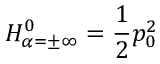
{ \cal H } _ { \alpha = \pm \infty } ^ { 0 } = { \frac { 1 } { 2 } } p _ { 0 } ^ { 2 }